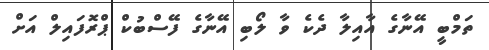
ތަމްބީ އޭނާގެ އާއިލާ ދެކެ ވާ ލޯބި އޭނާގެ ފޭސްބުކް ޕްރޮފައިލް އަށް